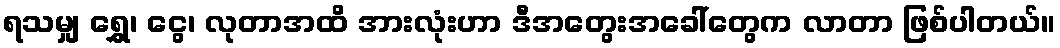
ရသမျှ ရွှေ၊ ငွေ၊ လုတာအထိ အားလုံးဟာ ဒီအတွေးအခေါ်တွေက လာတာ ဖြစ်ပါတယ်။